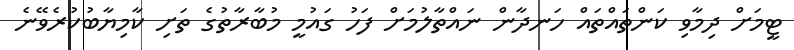
ޓީމަށް ދިމާވި ކަންތައްތައް ހަނދާން ނައްތާލުމަށް ފަހު ގައުމީ މުބާރާތުގެ ތަށި ކާމިޔާބުކުރެވޭނެ